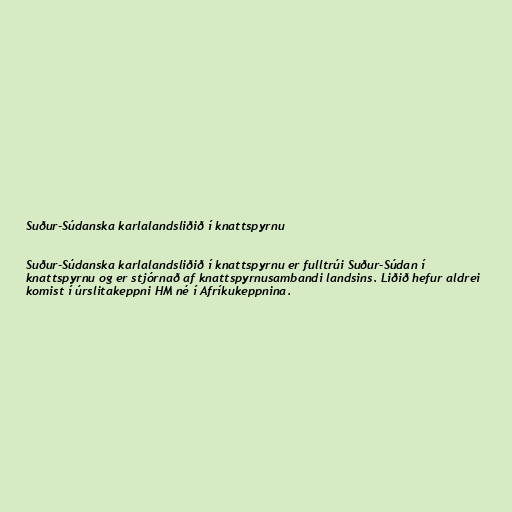
Suður-Súdanska karlalandsliðið í knattspyrnu

Suður-Súdanska karlalandsliðið í knattspyrnu er fulltrúi Suður-Súdan í
knattspyrnu og er stjórnað af knattspyrnusambandi landsins. Liðið hefur aldrei
komist í úrslitakeppni HM né í Afríkukeppnina.